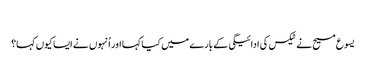
‏
یسوع مسیح نے ٹیکس کی ادائیگی کے بارے میں کیا کہا اور اُنہوں نے ایسا کیوں کہا؟